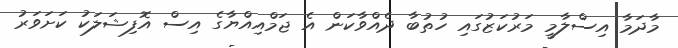
މާދަމާ އިސްލާމީ މަރުކަޒުގައި ހުތުބާ ދެއްވާކަން އެ ޖަމްއިއްޔާގެ އިސް އޮފިޝަލަކު ކަށަވަރު